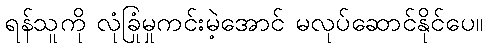
ရန်သူကို လုံခြုံမှုကင်းမဲ့အောင် မလုပ်ဆောင်နိုင်ပေ။